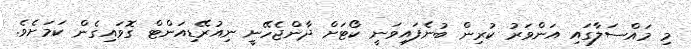
މި މައްސަލާގައި އަންވަރު ކުރިން ބުނެފައިވަނީ ކޯޓަށް ދާންޖެހޭނީ ނިއުރޭޑިއަންޓް ގޮވައިގެން ކަމަށެވެ.